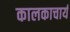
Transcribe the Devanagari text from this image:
कालकाचार्य